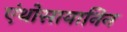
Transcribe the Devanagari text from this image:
एंथोसायानिन